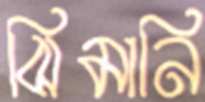
ঝিমানি